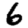
Digit: 6